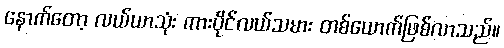
နောက်တော့ လယ်ယာသုံး ကားပိုင်လယ်သမား တစ်ယောက်ဖြစ်လာသည်။